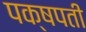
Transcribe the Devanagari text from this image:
पक्षपती